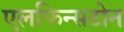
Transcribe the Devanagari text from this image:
एलफिन्सटोन